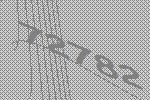
72782